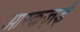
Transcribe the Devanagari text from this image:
ओरकज़ई